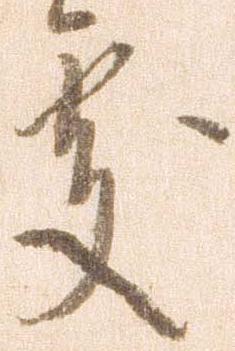
処